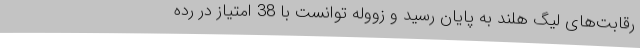
رقابت‌های لیگ هلند به پایان رسید و زووله توانست با 38 امتیاز در رده